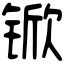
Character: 锨